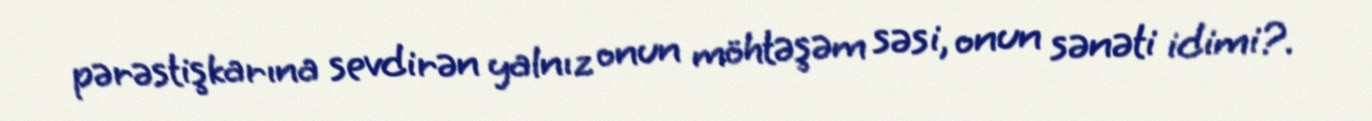
pərəstişkarına sevdirən yalnız onun möhtəşəm səsi, onun sənəti idimi?.